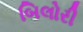
બિલોરી